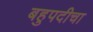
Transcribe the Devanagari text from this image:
बहुपदीचा